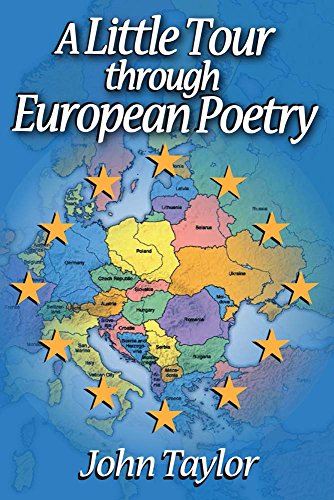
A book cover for A Little Tour through European Poetry; John Taylor; Literature & Fiction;